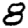
Digit: 8